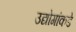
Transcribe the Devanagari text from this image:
उद्योगांकडे